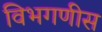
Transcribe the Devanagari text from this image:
विभगणीस